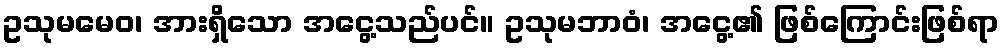
ဥသုမမေဝ၊ အားရှိသော အငွေ့သည်ပင်။ ဥသုမဘာဝံ၊ အငွေ့၏ ဖြစ်ကြောင်းဖြစ်ရာ